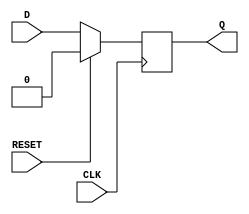
module SynchronousRegister (
    input wire D,           // Data input
    input wire CLK,         // Clock input
    input wire RESET,       // Synchronous reset
    output reg Q           // Data output
);
    
    // On the rising edge of the clock or when reset is asserted
    always @(posedge CLK) begin
        if (RESET) begin
            Q <= 1'b0;      // Reset output to 0
        end else begin
            Q <= D;         // Capture data on the rising edge
        end
    end

endmodule